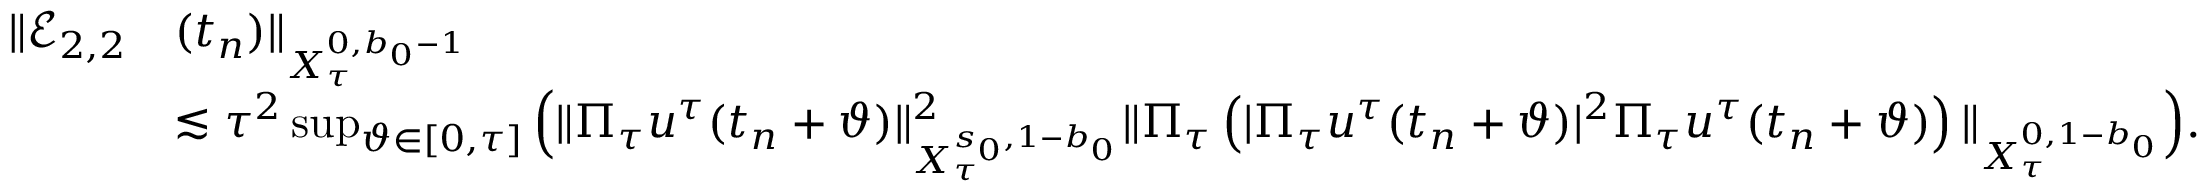
\begin{array} { r l } { \Vert \mathcal { E } _ { 2 , 2 } } & { ( t _ { n } ) \Vert _ { X _ { \tau } ^ { 0 , b _ { 0 } - 1 } } } \\ & { \lesssim \tau ^ { 2 } \operatorname* { s u p } _ { \vartheta \in [ 0 , \tau ] } \Big ( \Vert \Pi _ { \tau } u ^ { \tau } ( t _ { n } + \vartheta ) \Vert _ { X _ { \tau } ^ { s _ { 0 } , 1 - b _ { 0 } } } ^ { 2 } \Vert \Pi _ { \tau } \left( | \Pi _ { \tau } u ^ { \tau } ( t _ { n } + \vartheta ) | ^ { 2 } \Pi _ { \tau } u ^ { \tau } ( t _ { n } + \vartheta ) \right) \Vert _ { X _ { \tau } ^ { 0 , 1 - b _ { 0 } } } \Big ) . } \end{array}